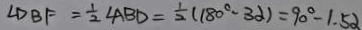
\angle D B F = \frac { 1 } { 2 } \angle A B D = \frac { 1 } { 2 } ( 1 8 0 ^ { \circ } - 3 2 ) = 9 0 ^ { \circ } - 1 . 5 \alpha